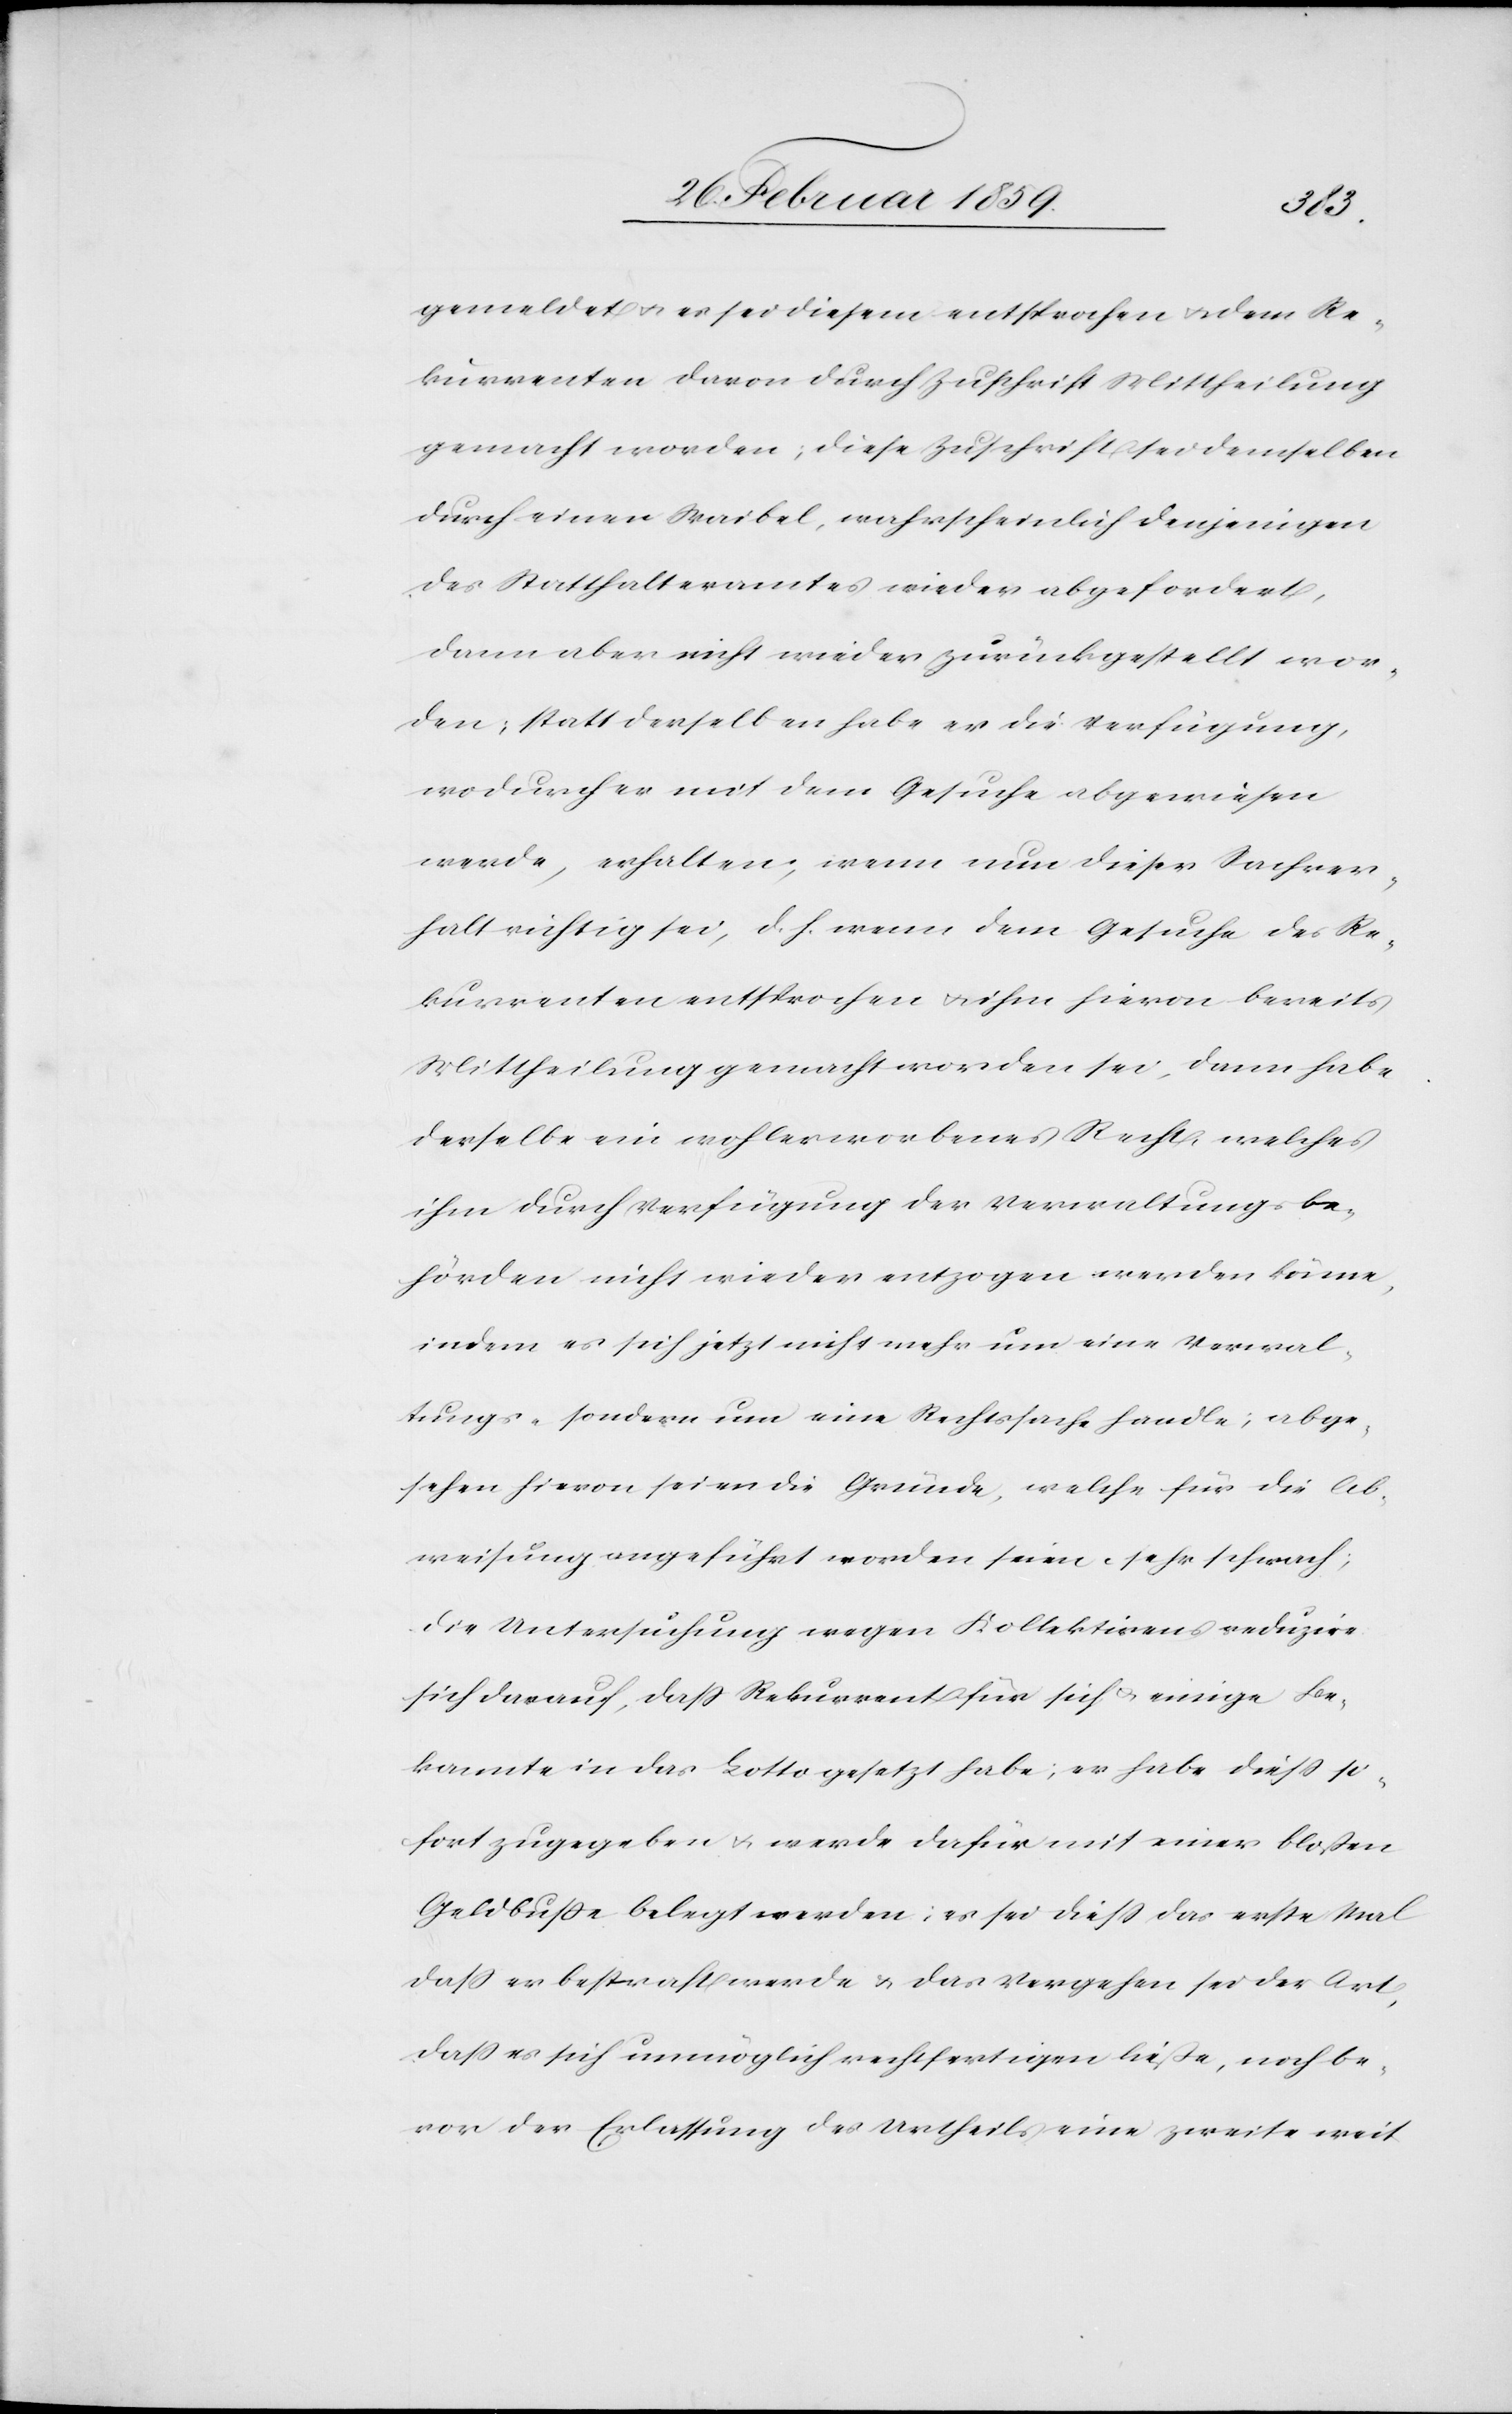
gemeldet es sei diesem entsprochen u. dem Re¬
kurrenten davon durch Zuschrift Mittheilung
gemacht worden; diese Zuschrift sei demselben
durch einen Waibel, wahrscheinlich denjenigen
des Statthalteramtes wieder abgefordert,
dann aber nicht wieder zurückgestellt wor¬
den; statt derselben habe er die Verfügung,
wodurch er mit dem Gesuche abgewiesen
werde, erhalten; wenn dem Gesuche des Re¬
kurrenten entsprochen u. ihm hievon bereits
Mittheilung gemacht worden sei, dann habe
derselbe ein wohlerworbenes Recht, welches
ihm durch Verfügung der Verwaltungsbe¬
hörden nicht wieder entzogen werden könne,
indem es sich jetzt nicht mehr um eine Verwal¬
tungs- sondern um eine Rechtssache handle; abge¬
sehen hievon seien die Gründe, welche für die Ab¬
weisung angeführt worden seien sehr schwach;
die Untersuchung wegen Kollektirens reduzire
sich darauf, daß Rekurrent für sich u. einige Be¬
kannte in das Lotto gesetzt habe; er habe dieß so¬
fort zugegeben u. werde dafür mit einer bloßen
Geldbuße belegt werden; es sei dieß das erste Mal
daß er bestraft werde & das Vergehen sei der Art,
daß es sich unmöglich rechtfertigen ließe, noch be¬
vor der Erlassung des Urtheils eine zweite weit